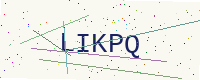
Text: LIKPQ